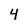
Character: 4